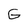
Character: G